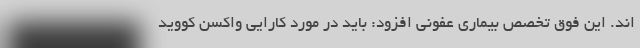
اند. این فوق تخصص بیماری عفونی افزود: باید در مورد کارایی واکسن کووید